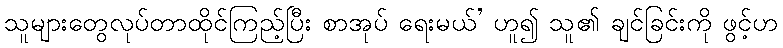
သူများတွေလုပ်တာထိုင်ကြည့်ပြီး စာအုပ် ရေးမယ်’ ဟူ၍ သူ၏ ချင်ခြင်းကို ဖွင့်ဟ